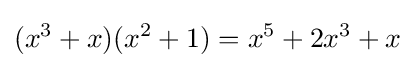
(x^{3}+x)(x^{2}+1)=x^{5}+2x^{3}+x